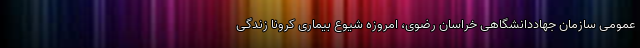
عمومی سازمان جهاددانشگاهی خراسان رضوی، امروزه شیوع بیماری کرونا زندگی